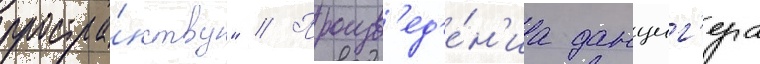
простра́нству" // Произв'ед'е́н'иа данциг'ера